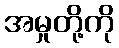
အမှုတို့ကို